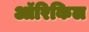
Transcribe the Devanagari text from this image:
ऑरिकिल